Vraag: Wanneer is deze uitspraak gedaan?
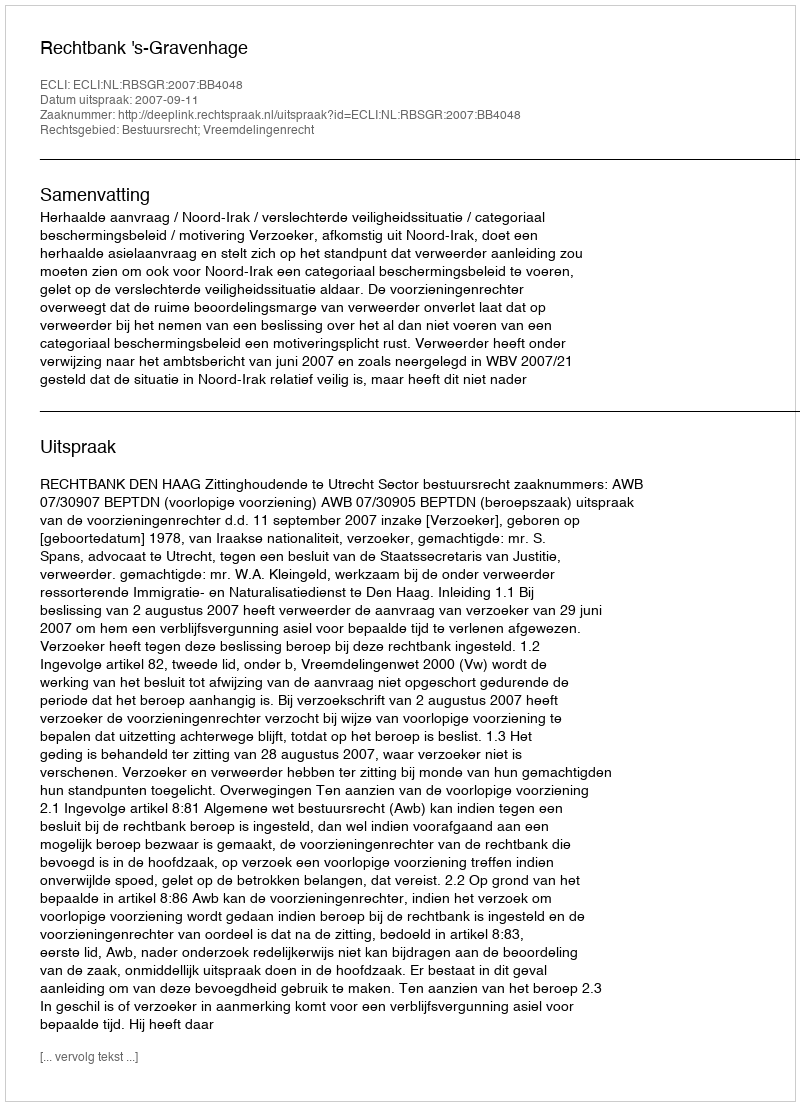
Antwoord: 2007-09-11